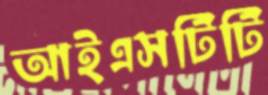
আইএসটিটি